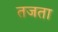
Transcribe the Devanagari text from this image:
तजता